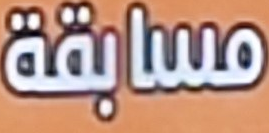
مسابقة